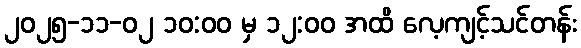
၂၀၂၅-၁၁-၀၂ ၁၀:၀၀ မှ ၁၂:၀၀ အထိ လေ့ကျင့်သင်တန်း